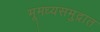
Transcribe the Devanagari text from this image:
भूमध्यसमुद्रात